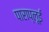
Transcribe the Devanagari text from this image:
पाराप्लूई